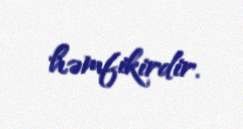
həmfikirdir.